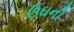
ઉઘની